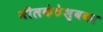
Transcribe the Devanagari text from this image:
नीलकंठेश्‍ववर